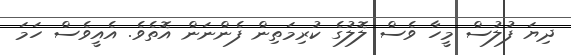
ދިޔަ ފުލުސް މީހާ ވެސް ލޮލުގެ ކުރިމަތިން ފެންނަން އޮތެވެ. އެއީވެސް ހަމަ